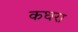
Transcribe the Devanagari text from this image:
कधरा